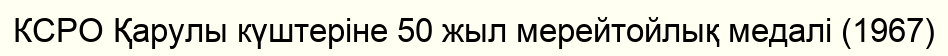
КСРО Қарулы күштеріне 50 жыл мерейтойлық медалі (1967)